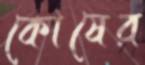
কোষের